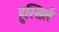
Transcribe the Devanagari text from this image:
हुस्सिर्ल